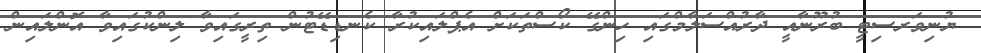
ޔުނިވަރސިޓީ ބުރޫނާއީ ދާރުއްސަލާމްގައި ހިންގޭ ކޯސްތަކަށް އެޕްލައިކުރާ ކެނޑިޑޭޓުން ތިރީގައިވާ ލިންކުގައިވާ އޮންލައިން